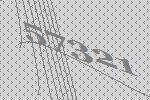
57321